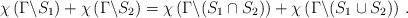
LaTeX: \begin{align*}\chi\left(\Gamma\backslash S_1\right) +\chi\left(\Gamma\backslash S_2\right)=\chi\left(\Gamma\backslash(S_1\cap S_2)\right)+\chi\left(\Gamma\backslash(S_1\cup S_2)\right) \, .\end{align*}